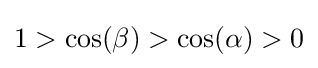
1>\cos(\beta )>\cos(\alpha )>0